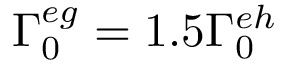
\Gamma _ { 0 } ^ { e g } = 1 . 5 \Gamma _ { 0 } ^ { e h }